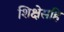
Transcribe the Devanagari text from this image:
शिक्षेसहि